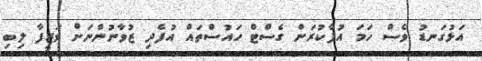
އަޅުގަނޑު ވެސް ހަމަ އުފާކުރަން ގެސްޓް ހައުސްތައް އުފެދި ޒުވާނުންނަށް ވަޒީފާ ލިބި